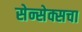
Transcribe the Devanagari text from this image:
सेन्सेक्सचा